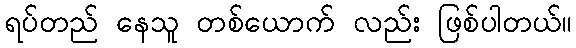
ရပ်တည် နေသူ တစ်ယောက် လည်း ဖြစ်ပါတယ်။